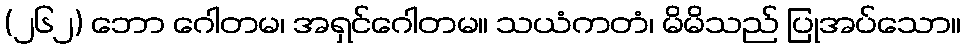
(၂၆၂) ဘော ဂေါတမ၊ အရှင်ဂေါတမ။ သယံကတံ၊ မိမိသည် ပြုအပ်သော။